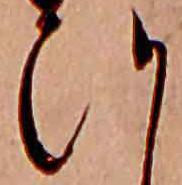
ひ